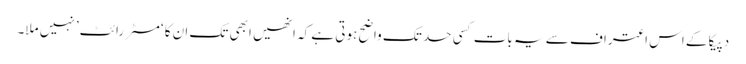
دپیکا کے اس اعتراف سے یہ بات کسی حد تک واضح ہوتی ہے کہ انھیں ابھی تک ان کا ‘مسٹر رائٹ’ نہیں ملا۔